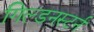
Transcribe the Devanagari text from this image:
गिल्डनस्टर्न